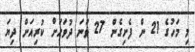
މި މަހުގެ 21 ން ފެށިގެން 27 ވަނަ ދުވަހަށް ކުރިއަށް ދިޔަ